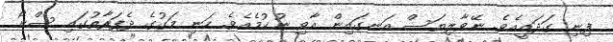
ފިނި ގަދައީއެވެ. ނޭވާލިޔަސް އަނގައިން އާވި ނުކުމެއެވެ. ހަނި މަގުގެ ދެފަރާތުގައި ސްނޯ